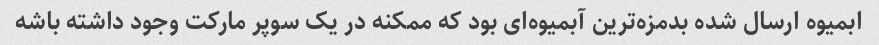
ابمیوه ارسال شده بدمزه‌ترین آبمیوه‌ای بود که ممکنه در یک سوپر مارکت وجود داشته باشه